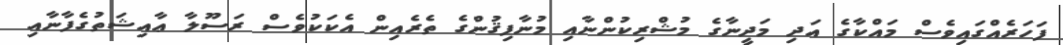
ފަހަރެއްގައިވެސް މައްކާގެ އަދި މަދީނާގެ މުޝްރިކުންނާއި މުނާފިޤުންގެ ތެރެއިން އެކަކުވެސް ރަސޫލާ ޢާއިޝަތުގެފާނާއި